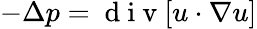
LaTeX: -\Delta p=\mathrm{~d~i~v~}[u\cdot\nabla u]